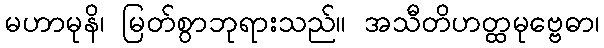
မဟာမုနိ၊ မြတ်စွာဘုရားသည်။ အသီတိဟတ္ထမုဗ္ဗေဓာ၊